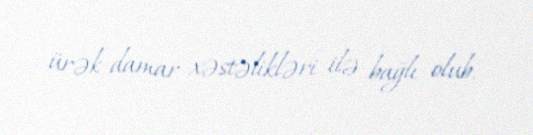
ürək-damar xəstəlikləri ilə bağlı olub.